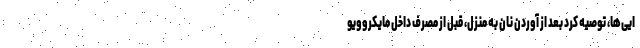
ایی‌ها، توصیه کرد بعد از آوردن نان به منزل، قبل از مصرف داخل مایکروویو